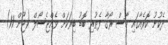
ދެކުނު ކޮރެއާގައި މާސް ރޯގާ ފެތުރި ބޮޑު ބިރަކަށް ވެއްޖެސޯލް (ޖޫން 11)